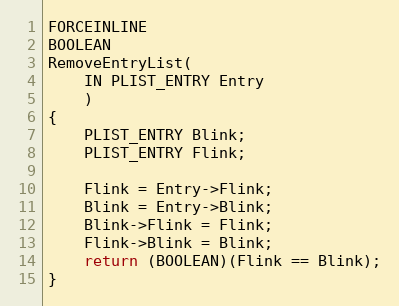
Language: C
FORCEINLINE
BOOLEAN
RemoveEntryList(
    IN PLIST_ENTRY Entry
    )
{
    PLIST_ENTRY Blink;
    PLIST_ENTRY Flink;

    Flink = Entry->Flink;
    Blink = Entry->Blink;
    Blink->Flink = Flink;
    Flink->Blink = Blink;
    return (BOOLEAN)(Flink == Blink);
}